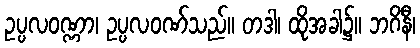
ဥပ္ပလဝဏ္ဏာ၊ ဥပ္ပလဝဏ်သည်။ တဒါ၊ ထိုအခါ၌။ ဘဂိနီ၊